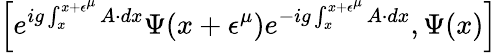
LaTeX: \left[e^{ig\int_{x}^{x+\epsilon^{\mu}}A\cdot dx}\Psi(x+\epsilon^{\mu})e^{-ig\int_{x}^{x+\epsilon^{\mu}}A\cdot dx},\Psi(x)\right]